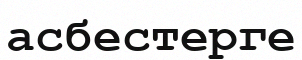
асбестерге